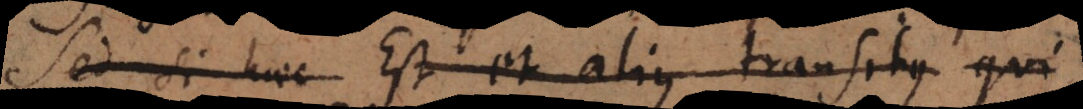
Sed si haec Est et alius transitus qui